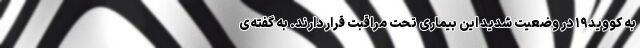
به کووید۱۹ در وضعیت شدید این بیماری تحت مراقبت قرار دارند. به گفته‌ی